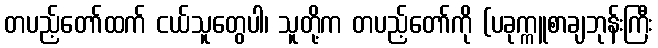
တပည့်တော်ထက် ငယ်သူတွေပါ၊ သူတို့က တပည့်တော်ကို (ပခုက္ကူစာချဘုန်းကြီး